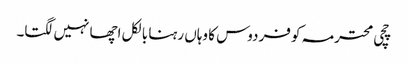
چچی محترمہ کو فردوس کا وہاں رہنا بالکل اچھا نہیں لگتا۔